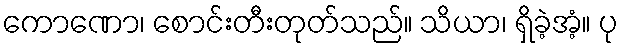
ကောဏော၊ စောင်းတီးတုတ်သည်။ သိယာ၊ ရှိခဲ့အံ့။ ပု